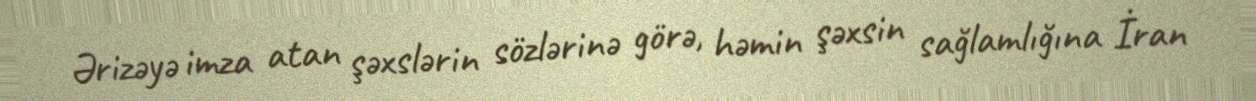
Ərizəyə imza atan şəxslərin sözlərinə görə, həmin şəxsin sağlamlığına İran